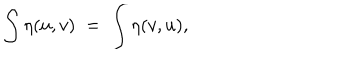
\int \eta ( u , v ) \; = \; \int \eta ( v , u ) ,